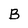
Character: B